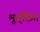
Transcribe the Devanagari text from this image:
मूच्र्छित